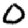
Digit: 0